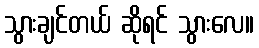
သွားချင်တယ် ဆိုရင် သွားလေ။